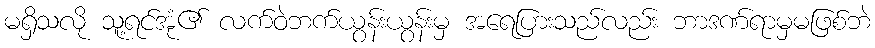
မရှိသလို သူ့ရင်အုံ၏ လက်ဝဲဘက်ယွန်းယွန်းမှ အရေပြားသည်လည်း ဘာဒဏ်ရာမှမဖြစ်ဘဲ